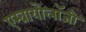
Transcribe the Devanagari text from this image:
एम्ब्रायोलाॅजी